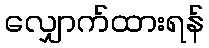
လျှောက်ထားရန်